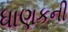
ધાણકની